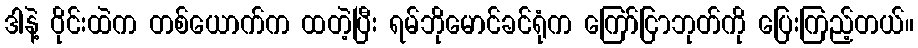
ဒါနဲ့ ဝိုင်းထဲက တစ်ယောက်က ထတဲ့ပြီး ရမ်ဘိုမောင်ခင်ရုံက ကြော်ငြာဘုတ်ကို ပြေးကြည့်တယ်။